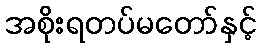
အစိုးရတပ်မတော်နှင့်